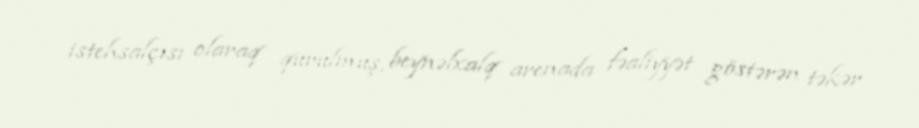
istehsalçısı olaraq qurulmuş, beynəlxalq arenada fəaliyyət göstərən təkər